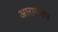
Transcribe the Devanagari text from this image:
आरामक्षेत्र